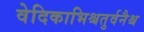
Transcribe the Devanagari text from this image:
वेदिकाभिश्चतुर्वनैश्च